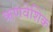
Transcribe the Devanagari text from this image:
ऋणवेशिक